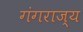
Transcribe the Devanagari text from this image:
गंगराज्य